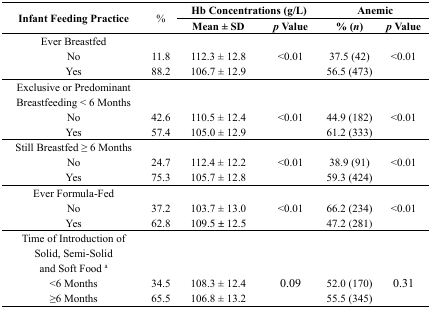
<table><thead><tr><td rowspan="2"><b>Infant Feeding Practice</b></td><td rowspan="2"><b>%</b></td><td colspan="2"><b>Hb Concentrations (g/L)</b></td><td colspan="2"><b>Anemic</b></td></tr><tr><td><b>Mean ± SD</b></td><td><b><i>p</i> Value</b></td><td><b>% (<i>n</i>)</b></td><td><b><i>p</i> Value</b></td></tr></thead><tbody><tr><td>Ever Breastfed</td><td></td><td></td><td></td><td></td><td></td></tr><tr><td>No</td><td>11.8</td><td>112.3 ± 12.8</td><td>&lt;0.01</td><td>37.5 (42)</td><td>&lt;0.01</td></tr><tr><td>Yes</td><td>88.2</td><td>106.7 ± 12.9</td><td></td><td>56.5 (473)</td><td></td></tr><tr><td>Exclusive or Predominant Breastfeeding &lt; 6 Months</td><td></td><td></td><td></td><td></td><td></td></tr><tr><td>No</td><td>42.6</td><td>110.5 ± 12.4</td><td>&lt;0.01</td><td>44.9 (182)</td><td>&lt;0.01</td></tr><tr><td>Yes</td><td>57.4</td><td>105.0 ± 12.9</td><td></td><td>61.2 (333)</td><td></td></tr><tr><td>Still Breastfed ≥ 6 Months</td><td></td><td></td><td></td><td></td><td></td></tr><tr><td>No</td><td>24.7</td><td>112.4 ± 12.2</td><td>&lt;0.01</td><td>38.9 (91)</td><td>&lt;0.01</td></tr><tr><td>Yes</td><td>75.3</td><td>105.7 ± 12.8</td><td></td><td>59.3 (424)</td><td></td></tr><tr><td>Ever Formula-Fed</td><td></td><td></td><td></td><td></td><td></td></tr><tr><td>No</td><td>37.2</td><td>103.7 ± 13.0</td><td>&lt;0.01</td><td>66.2 (234)</td><td>&lt;0.01</td></tr><tr><td>Yes</td><td>62.8</td><td>109.5 ± 12.5</td><td></td><td>47.2 (281)</td><td></td></tr><tr><td>Time of Introduction of Solid, Semi-Solid and Soft Food <sup>a</sup></td><td></td><td></td><td></td><td></td><td></td></tr><tr><td>&lt;6 Months</td><td>34.5</td><td>108.3 ± 12.4</td><td>0.09</td><td>52.0 (170)</td><td>0.31</td></tr><tr><td>≥6 Months</td><td>65.5</td><td>106.8 ± 13.2</td><td></td><td>55.5 (345)</td><td></td></tr></tbody></table>